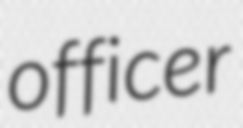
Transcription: officer